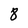
Character: 8